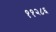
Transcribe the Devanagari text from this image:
११२८६